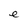
Character: e